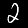
Digit: 2